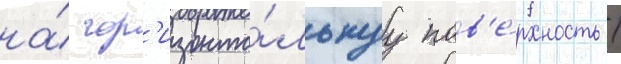
на́ гор'изонта́льнуу пов'е́рхность /